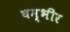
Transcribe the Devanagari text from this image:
घम्भीर